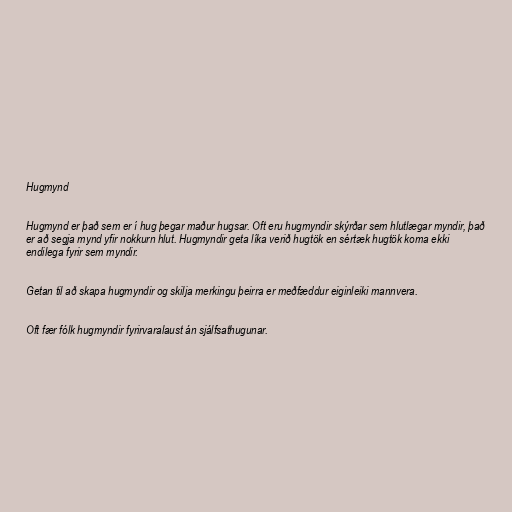
Hugmynd

Hugmynd er það sem er í hug þegar maður hugsar. Oft eru hugmyndir skýrðar sem hlutlægar myndir, það
er að segja mynd yfir nokkurn hlut. Hugmyndir geta líka verið hugtök en sértæk hugtök koma ekki
endilega fyrir sem myndir.

Getan til að skapa hugmyndir og skilja merkingu þeirra er meðfæddur eiginleiki mannvera.

Oft fær fólk hugmyndir fyrirvaralaust án sjálfsathugunar.